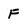
Character: F